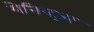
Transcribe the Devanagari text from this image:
येनिपज़र